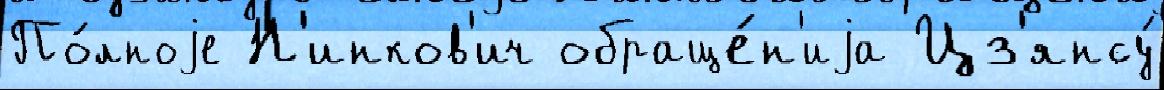
По́лноjе Н'инков'ич обраще́н'иjа Цз'янсу́